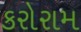
કરોરામ